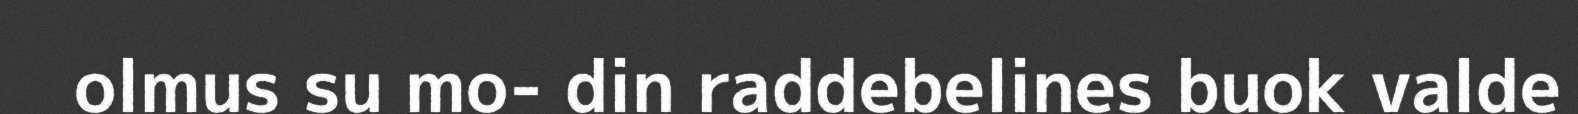
olmus su mo- din raddebelines buok valde